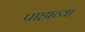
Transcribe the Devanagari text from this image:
पाहाव्या